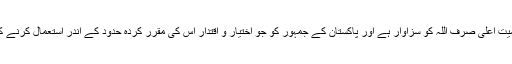
اپنے آئین کی پیشانی پر لکھا کہ حاکمیت اعلیٰ صرف اللہ کو سزاوار ہے اور پاکستان کے جمہور کو جو اختیار و اقتدار اس کی مقرر کردہ حدود کے اندر استعمال کرنے کا حق ہوگا، وہ ایک مقدس امانت ہے۔